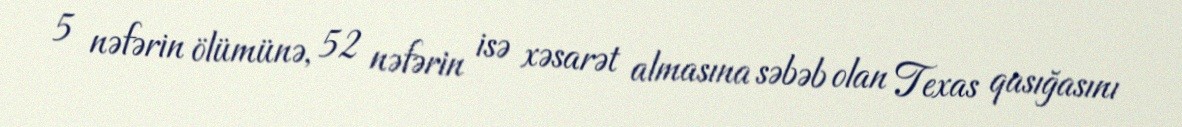
5 nəfərin ölümünə, 52 nəfərin isə xəsarət almasına səbəb olan Texas qasığasını